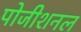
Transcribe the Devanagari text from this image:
पोजीशनल